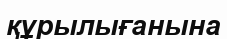
құрылығанына